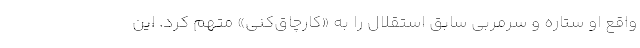
واقع او ستاره و سرمربی سابق استقلال را به «کارچاق‌کنی» متهم کرد. این